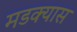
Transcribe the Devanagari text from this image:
मडक्यास